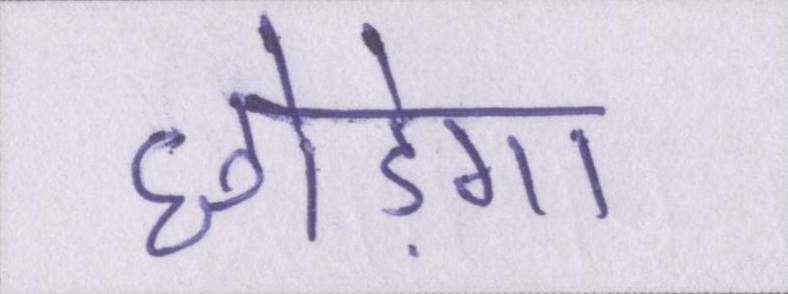
छोड़ेगा